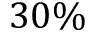
3 0 \%